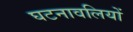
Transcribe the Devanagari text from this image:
घटनावलियों